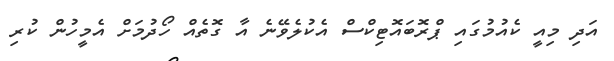
އަދި މިއީ ކެއުމުގައި ޕްރޮބައޮޓިކްސް އެކުލެވޭނެ އާ ގޮތެއް ހޯދުމަށް އެމީހުން ކުރި